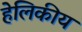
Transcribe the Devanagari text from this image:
हेलिकीय